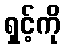
ရှင့်ကို